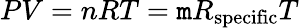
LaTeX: PV=nRT=\mathtt{m}R_{\mathrm{{{specific}}}}T